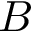
B